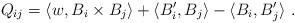
LaTeX: \begin{align*} Q_{ij}= \langle w, B_i\times B_j\rangle+ \langle B_i',B_j\rangle-\langle B_i,B_j'\rangle\ . \end{align*}